Annual administration report of the Civil Veterinary Department of India - 1897-1898
Year: 1897
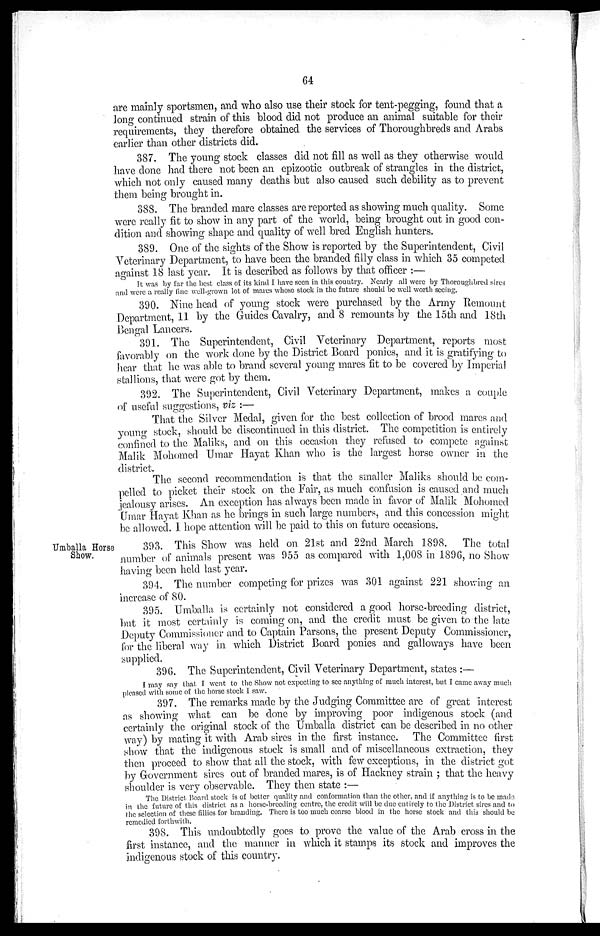
64
are mainly sportsmen, and who also use their stock for tent-pegging, found that a
long continued strain of this blood did not produce an animal suitable for their
requirements, they therefore obtained the services of Thoroughbreds and Arabs
earlier than other districts did.
387. The young stock classes did not fill as well as they otherwise would
have done had there not been an epizootic outbreak of strangles in the district,
which not only caused many deaths but also caused such debility as to prevent
them being brought in.
388. The branded mare classes are reported as showing much quality. Some
were really fit to show in any part of the world, being brought out in good con-
dition and showing shape and quality of well bred English hunters.
389. One of the sights of the Show is reported by the Superintendent, Civil
Veterinary Department, to have been the branded filly class in which 35 competed
against 18 last year. It is described as follows by that officer:—
It was by far the best class of its kind I have seen in this country. Nearly all were by Thoroughbred sires
and were a really fine well-grown lot of mares whose stock in the future should be well worth seeing.
390. Nine head of young stock were purchased by the Army Remount
Department, 11 by the Guides Cavalry, and 8 remounts by the 15th and 18th
Bengal Lancers.
391. The Superintendent, Civil Veterinary Department, reports most
favorably on the work done by the District Board ponies, and it is gratifying to
hear that he was able to brand several young mares fit to be covered by Imperial
stallions, that were got by them.
392. The Superintendent, Civil Veterinary Department, makes a couple
of useful suggestions, viz:—
That the Silver Medal, given for the best collection of brood mares and
young stock, should be discontinued in this district. The competition is entirely
confined to the Maliks, and on this occasion they refused to compete against
Malik Mohomed Umar Hayat Khan who is the largest horse owner in the
district.
The second recommendation is that the smaller Maliks should be com-
pelled to picket their stock on the Fair, as much confusion is caused and much
jealousy arises. An exception has always been made in favor of Malik Mohomed
Umar Hayat Khan as he brings in such large numbers, and this concession might
be allowed. I hope attention will be paid to this on future occasions.
Umballa Horse
Show.
393. This Show was held on 21st and 22nd March 1898. The total
number of animals present was 955 as compared with 1,008 in 1896, no Show
having been held last year.
394. The number competing for prizes was 301 against 221 showing an
increase of 80.
395. Umballa is certainly not considered a good horse-breeding district,
but it most certainly is coming on, and the credit must be given to the late
Deputy Commissioner and to Captain Parsons, the present Deputy Commissioner,
for the liberal way in which District Board ponies and galloways have been
supplied.
396. The Superintendent, Civil Veterinary Department, states:—
I may say that I went to the Show not expecting to see anything of much interest, but I came away much
pleased with some of the horse stock I saw.
397. The remarks made by the Judging Committee are of great interest
as showing what can be done by improving poor indigenous stock (and
certainly the original stock of the Umballa district can be described in no other
way) by mating it with Arab sires in the first instance. The Committee first
show that the indigenous stock is small and of miscellaneous extraction, they
then proceed to show that all the stock, with few exceptions, in the district got
by Government sires out of branded mares, is of Hackney strain; that the heavy
shoulder is very observable. They then state:—
The District Board stock is of better quality and conformation than the other, and if anything is to be made
in the future of this district as a horse-breeding centre, the credit will be due entirely to the District sires and to
the selection of these fillies for branding. There is too much coarse blood in the horse stock and this should be
remedied forthwith.
398. This undoubtedly goes to prove the value of the Arab cross in the
first instance, and the manner in which it stamps its stock and improves the
indigenous stock of this country.